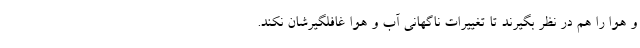
و هوا را هم در نظر بگیرند تا تغییرات ناگهانی آب و هوا غافلگیرشان نکند.